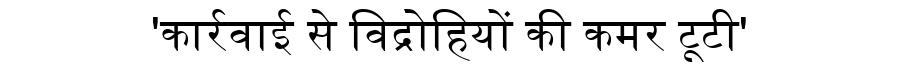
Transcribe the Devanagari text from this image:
'कार्रवाई से विद्रोहियों की कमर टूटी'